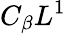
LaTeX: C_{\beta}L^{1}